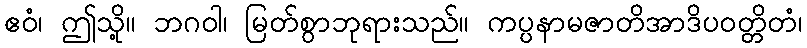
ဧဝံ၊ ဤသို့။ ဘဂဝါ၊ မြတ်စွာဘုရားသည်။ ကပ္ပနာမဇာတိအာဒိပဝတ္တိတံ၊